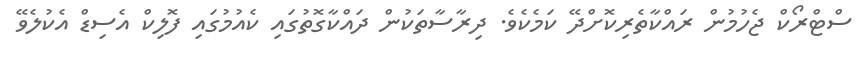
ސްޓްރޯކް ޖެހުމުން ރައްކާތެރިކޮށްދޭ ކަމެކެވެ. ދިރާސާތަކުން ދައްކާގޮތުގައި ކެއުމުގައި ފޮލިކް އެސިޑް އެކުލެވޭ